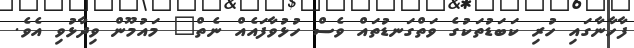
ފާހާނާގައި ހުރި ކަބަޑުތަކުގެ ވަތްގަނޑުތައް ވެސް ހުޅުވާފައެއް ނެތް" މައުމޫން ވިދާޅުވި އެވެ.